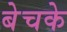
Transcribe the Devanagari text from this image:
बेचके